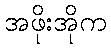
အဖိုးအိုက